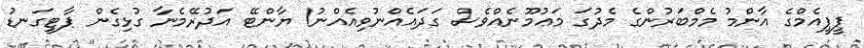
ޕީޕީއެމްގެ އާންމު މެމްބަރުންގެ މެދުގަ މަޢުމޫނެއްވެސް ގަދައެއްނުވިއެއްނު! ޔާންޓޭ އަދުރޭމެނާ ގުޅިގެން ޕާޓީގަނޑު